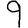
Digit: 9